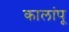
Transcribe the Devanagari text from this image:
कालांपू